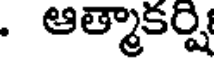
. ఆత్మాకర్షి